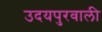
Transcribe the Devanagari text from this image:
उदयपुरवाली